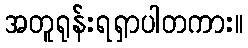
အတူရုန်းရရှာပါတကား။